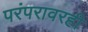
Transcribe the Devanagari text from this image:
परंपरावरही